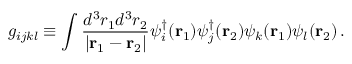
g _ { i j k l } \equiv \int \frac { d ^ { 3 } { r } _ { 1 } d ^ { 3 } { r } _ { 2 } } { \left| { \bf r } _ { 1 } - { \bf r } _ { 2 } \right| } \psi _ { i } ^ { \dagger } ( { \bf r } _ { 1 } ) \psi _ { j } ^ { \dagger } ( { \bf r } _ { 2 } ) \psi _ { k } ( { \bf r } _ { 1 } ) \psi _ { l } ( { \bf r } _ { 2 } ) \, .